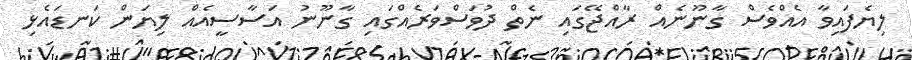
ލިޔެފައިވާ އެއްވެސް ގާނޫނެއް ރާއްޖޭގައި ނެތް ދުވަސްވަރެއްގައި ގާނޫނު އަސާސީއެއް ލިޔަން ކަނޑައެޅި